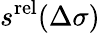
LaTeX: s^{\mathrm{rel}}(\Delta\sigma)